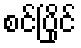
စင်ပြိုင်